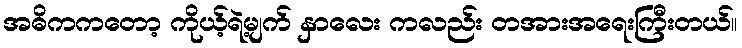
အဓိကကတော့ ကိုယ့်ရဲ့မျက် နှာလေး ကလည်း တအားအရေးကြီးတယ်။